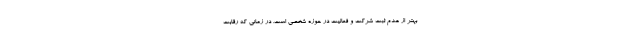
بهتر از عدم ثبت شرکت و فعالیت در حوزه شخصی است. در زمانی که رقابت